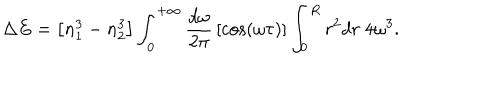
\Delta E = \left[ n _ { 1 } ^ { 3 } - n _ { 2 } ^ { 3 } \right] \int _ { 0 } ^ { + \infty } { \frac { d \omega } { 2 \pi } } \left[ \cos ( \omega \tau ) \right] \int _ { 0 } ^ { R } r ^ { 2 } d r \; 4 \omega ^ { 3 } .